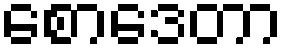
စောဒေတာ